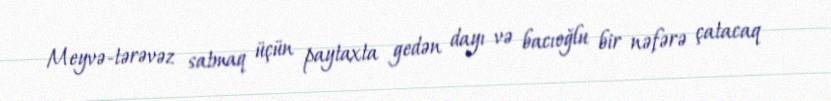
Meyvə-tərəvəz satmaq üçün paytaxta gedən dayı və bacıoğlu bir nəfərə çatacaq